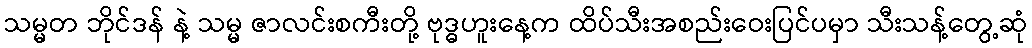
သမ္မတ ဘိုင်ဒန် နဲ့ သမ္မ ဇာလင်းစကီးတို့ ဗုဒ္ဓဟူးနေ့က ထိပ်သီးအစည်းဝေးပြင်ပမှာ သီးသန့်တွေ့ဆုံ